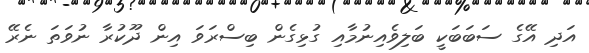
އަދި އޭގެ ސަބަބަކީ ބަލިވެއިނުމާއި ގުޅިގެން ބިސްރަވަ އިން ދޫކުރާ ނުވަތަ ނެރޭ